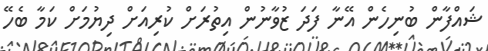
ޝައްފާން ބުނިހެން އޭނާ ފަދަ ޒުވާނުން އިތުރަށް ކުރިއަށް ދިޔުމަށް ކަމާ ބެހޭ